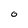
Character: 0